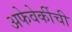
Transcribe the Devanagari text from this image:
अफेवेर्कीची